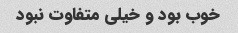
خوب بود و خیلی متفاوت نبود